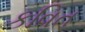
કવિત